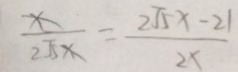
\frac { x } { 2 \sqrt { 5 } x } = \frac { 2 \sqrt { 5 } x - 2 1 } { 2 x }